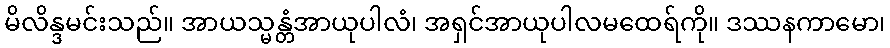
မိလိန္ဒမင်းသည်။ အာယသ္မန္တံအာယုပါလံ၊ အရှင်အာယုပါလမထေရ်ကို။ ဒဿနကာမော၊